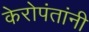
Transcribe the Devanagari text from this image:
केरोपंतांनी